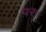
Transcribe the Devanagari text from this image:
पर॰